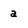
Character: 2